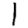
Digit: 1